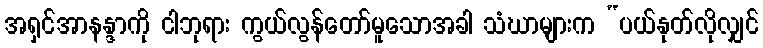
အရှင်အာနန္ဒာကို ငါဘုရား ကွယ်လွန်တော်မူသောအခါ သံဃာများက “ပယ်နုတ်လိုလျှင်